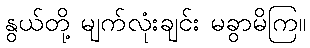
နွယ်တို့ မျက်လုံးချင်း မခွာမိကြ။